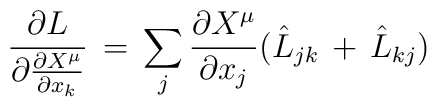
\frac{\partial L}{\partial  \frac{\partial X^\mu}{\partial x_k}}\,=\,\sum_j\frac{\partial X^\mu}{\partial x_j}(\hat L_{jk}\,+\,\hat L_{kj})